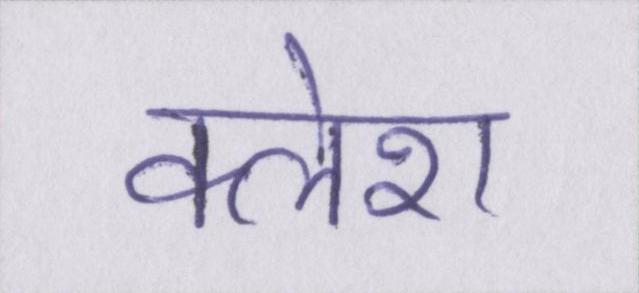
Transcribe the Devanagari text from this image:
क्लेश